DOW-UAP-D48, Department of the Air Force Report, 1996
Agency: Department of War
Incident date: 9/10/96
Page 3
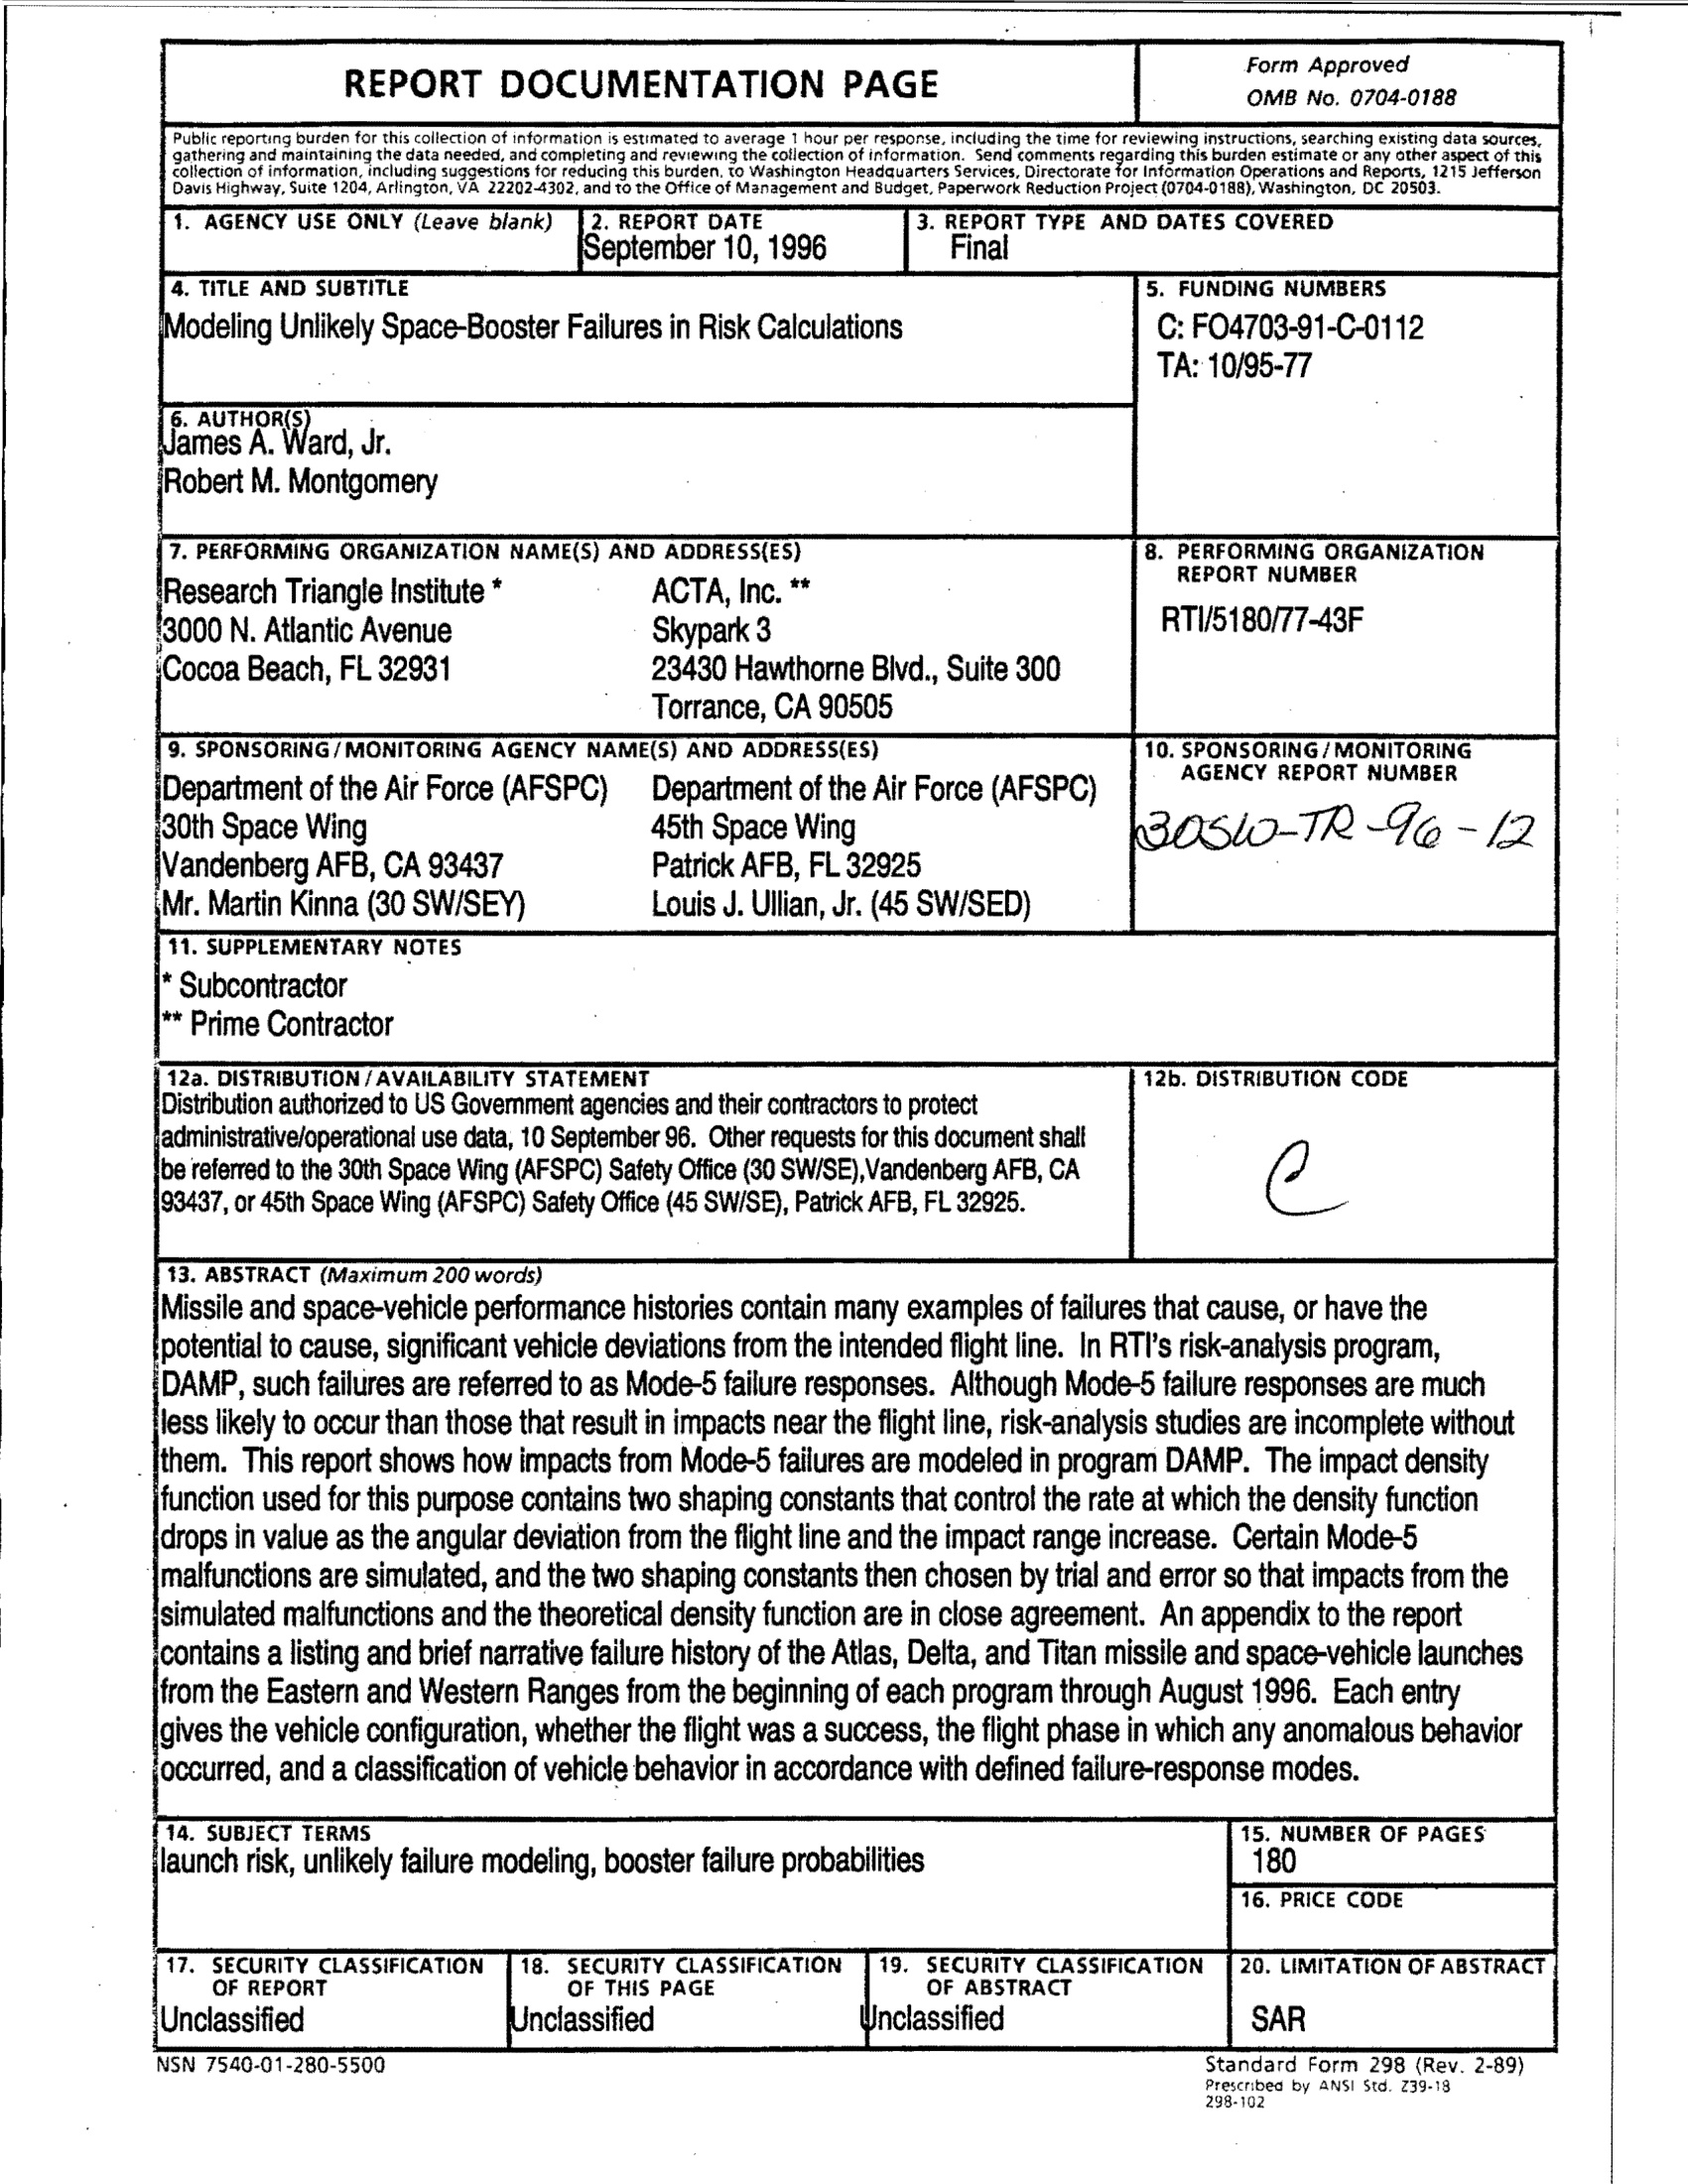